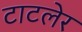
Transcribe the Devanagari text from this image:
टाटलेर